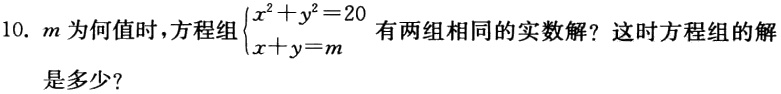
10. \(m\)为何值时，方程组\(\begin{cases}x^{2}+y^{2}=20\\x + y = m\end{cases}\)有两组相同的实数解？这时方程组的解是多少？